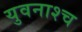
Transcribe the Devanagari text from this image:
युवनाश्च